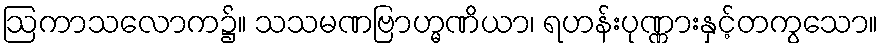
ဩကာသလောက၌။ သသမဏဗြာဟ္မဏိယာ၊ ရဟန်းပုဏ္ဏားနှင့်တကွသော။